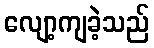
လျော့ကျခဲ့သည်